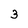
Character: 3